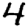
Digit: 4